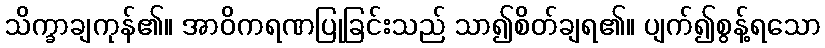
သိက္ခာချကုန်၏။ အာဝိကရဏပြုခြင်းသည် သာ၍စိတ်ချရ၏။ ပျက်၍စွန့်ရသော